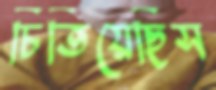
চিতিয়েছিস